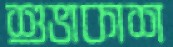
শুভাকাশ